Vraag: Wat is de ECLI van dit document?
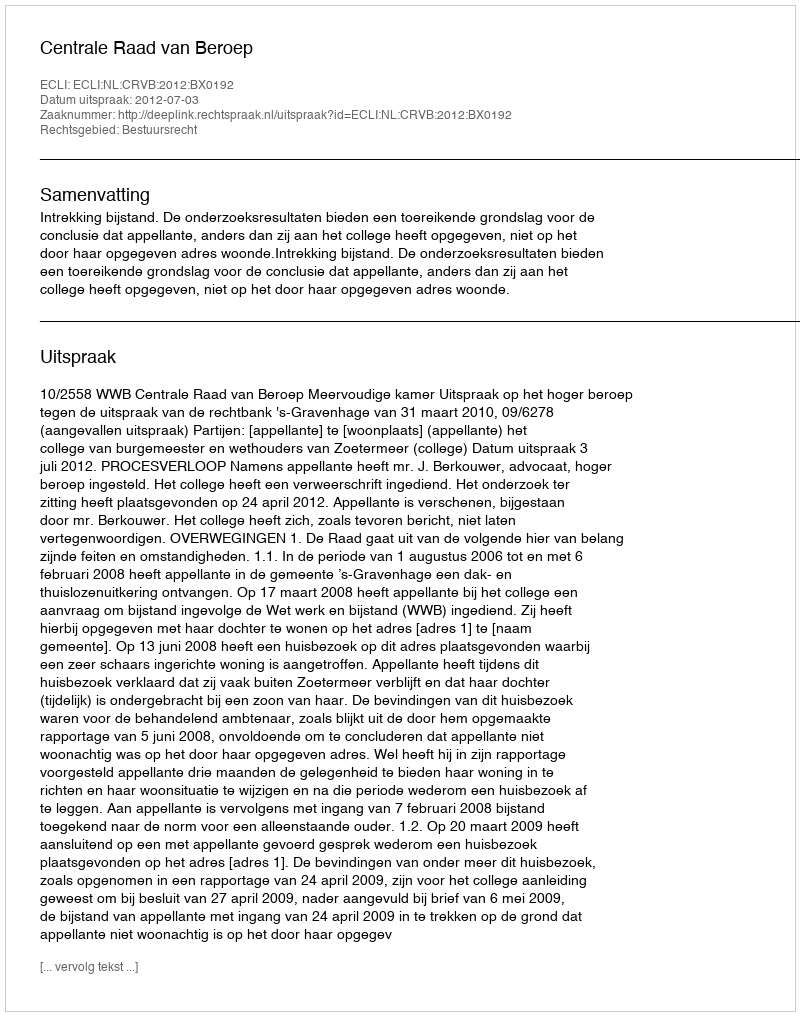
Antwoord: ECLI:NL:CRVB:2012:BX0192